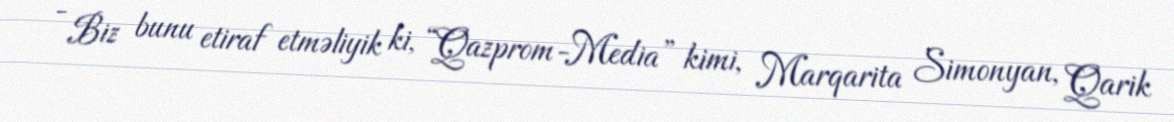
- Biz bunu etiraf etməliyik ki, “Qazprom-Media” kimi, Marqarita Simonyan, Qarik